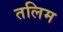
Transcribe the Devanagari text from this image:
तलिम